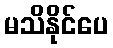
မသိနိုင်ပေ